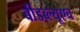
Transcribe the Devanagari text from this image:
बीडब्ल्यूएच